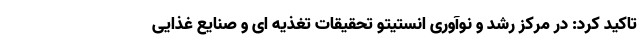
تاکید کرد: در مرکز رشد و نوآوری انستیتو تحقیقات تغذیه ای و صنایع غذایی